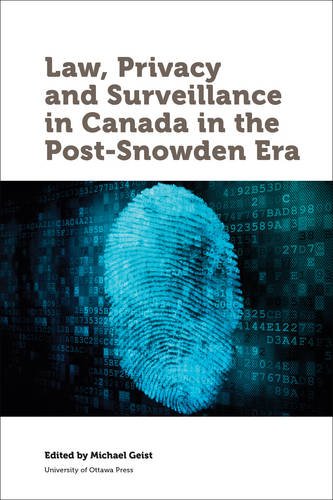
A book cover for Law, Privacy and Surveillance in Canada in the Post-Snowden Era (Law, Technology and Society); Michael Geist; Computers & Technology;